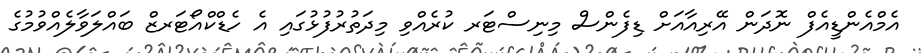
އެމްއެންޑީއެފް ނޮދަން އޭރިއާއަށް ޑިފެންސް މިނިސްޓަރ ކުރެއްވި މިދަތުރުފުޅުގައި އެ ހެޑްކްއޯޓަރޒް ބައްލަވާލެއްވުމުގެ